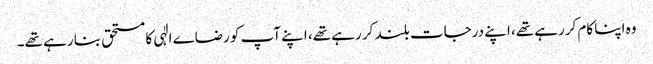
وہ اپنا کام کررہے تھے، اپنے درجات بلند کر رہے تھے، اپنے آپ کو رضاے الٰہی کا مستحق بنا رہے تھے۔